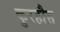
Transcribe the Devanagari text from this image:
कुरहौस